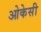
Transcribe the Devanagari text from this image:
ओकेसी